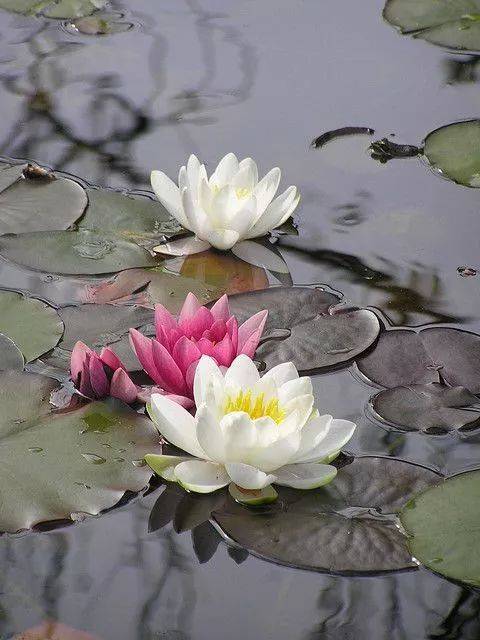
深夜无风新雨歇，凉月，露迎珠颗入圆荷。